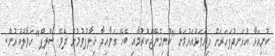
ކުނިއަޅާ އުޅަނދުފަހަރަށް ފިޔަވަޅުއަޅުމަށް "ކުނިމެނޭޖްކުރުމާއި ބެހޭ ގަވާއިދާ ޚިލާފުވުމުން ދެވޭ ސްލިޕް" ހަވާލުކުރުން.